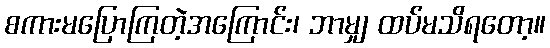
စကားမပြောကြတဲ့အကြောင်း၊ ဘာမျှ ထပ်မသိရတော့။